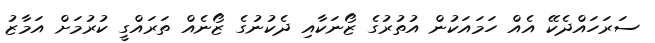
ސަރަހައްދެކޭ އެއް ހަމައަކުން އުތުރުގެ ޒޯނަކާއި ދެކުނުގެ ޒޯނެއް ތަރައްގީ ކުރުމަށް އަމާޒު